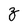
Character: z